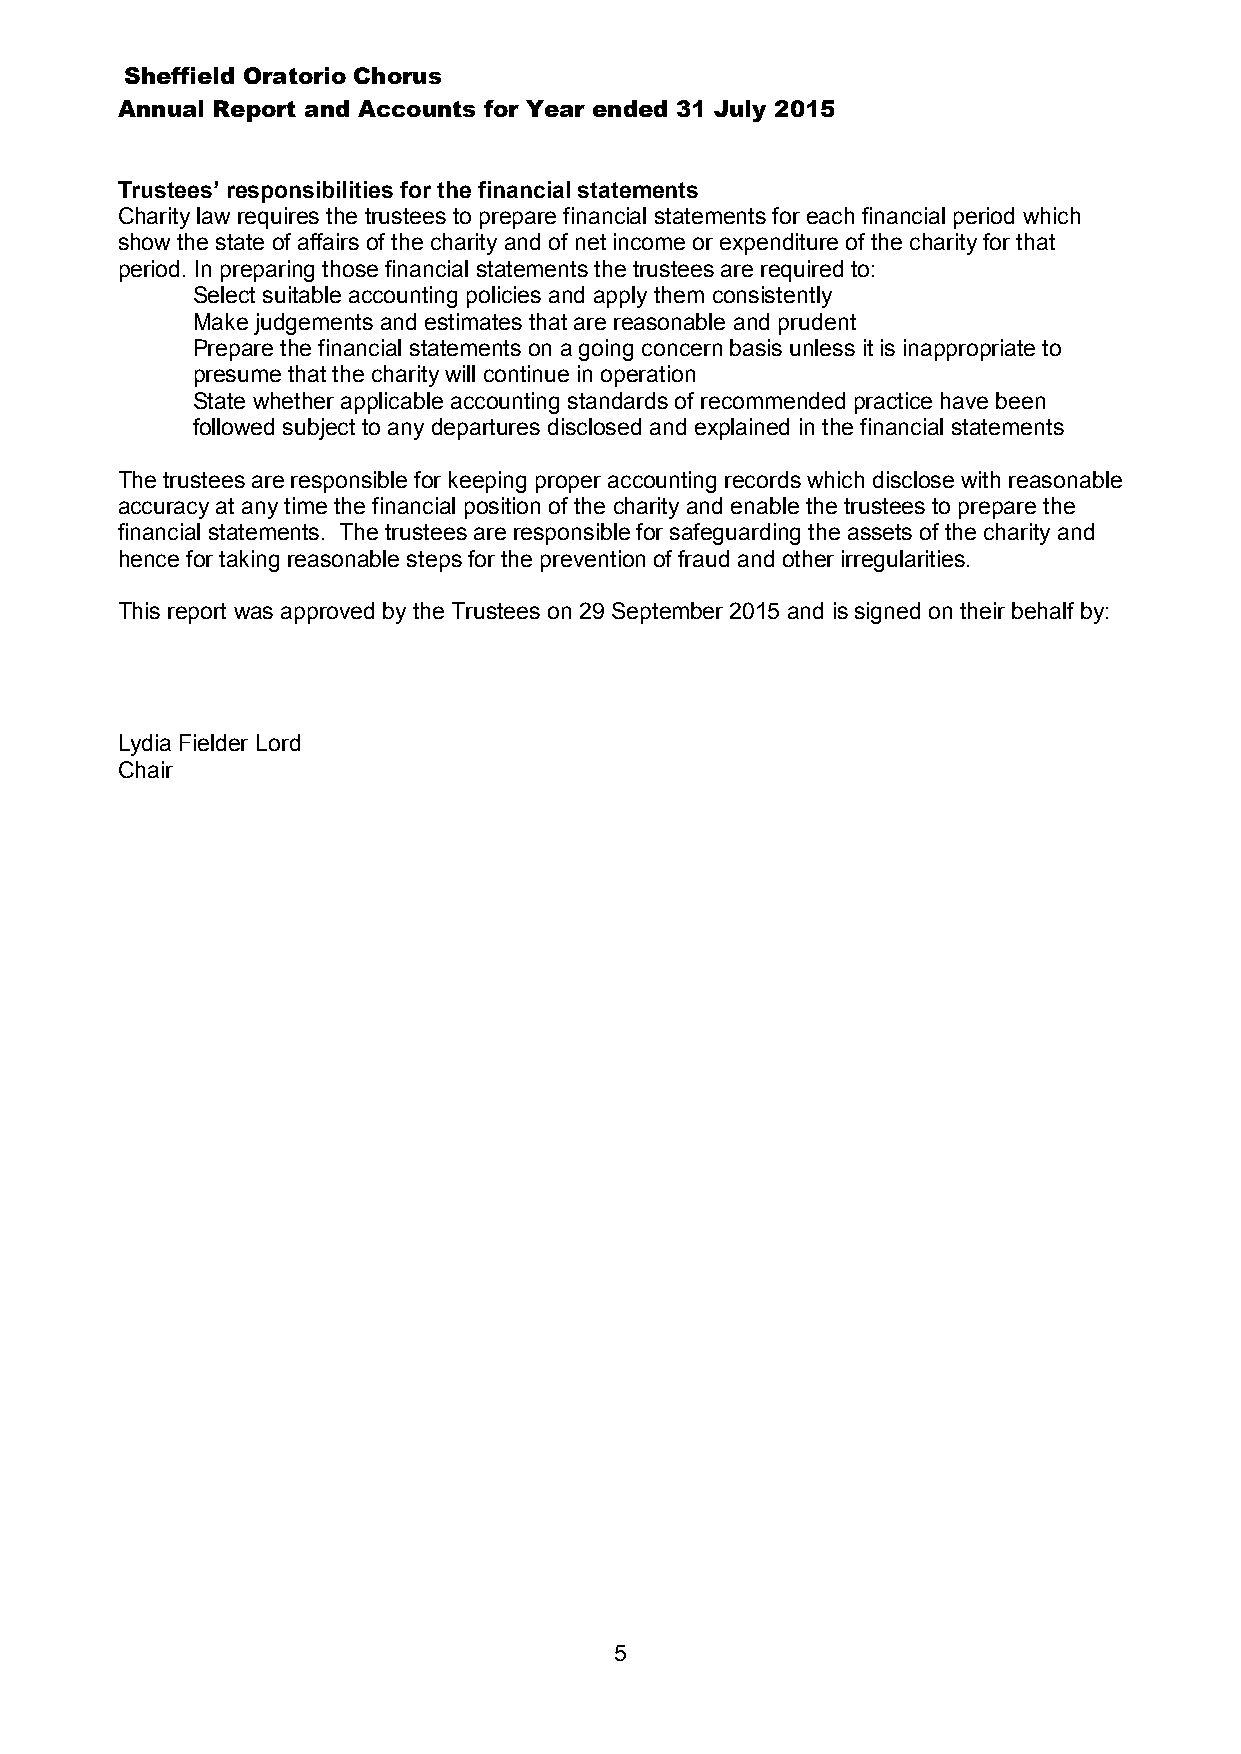
Sheffield Oratorio Chorus
 Annual Report and Accounts for Year ended 31 July 2015
 Trustees’ responsibilities for the financial statements
 Charity law requires the trustees to prepare financial statements for each financial period which
 show the state of affairs of the charity and of net income or expenditure of the charity for that
 period. In preparing those financial statements the trustees are required to:
 Select suitable accounting policies and apply them consistently
 Make judgements and estimates that are reasonable and prudent
 Prepare the financial statements on a going concern basis unless it is inappropriate to
 presume that the charity will continue in operation
 State whether applicable accounting standards of recommended practice have been
 followed subject to any departures disclosed and explained in the financial statements
 The trustees are responsible for keeping proper accounting records which disclose with reasonable
 accuracy at any time the financial position of the charity and enable the trustees to prepare the
 financial statements. The trustees are responsible for safeguarding the assets of the charity and
 hence for taking reasonable steps for the prevention of fraud and other irregularities.
 This report was approved by the Trustees on 29 September 2015 and is signed on their behalf by:
 Lydia Fielder Lord
 Chair
 5